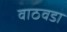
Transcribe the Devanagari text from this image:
वाठवडा